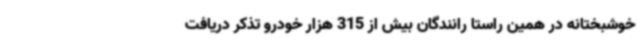
خوشبختانه در همین راستا رانندگان بیش از 315 هزار خودرو تذکر دریافت